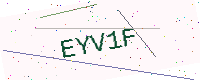
Text: EYV1F